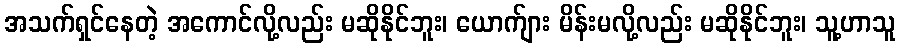
အသက်ရှင်နေတဲ့ အကောင်လို့လည်း မဆိုနိုင်ဘူး၊ ယောက်ျား မိန်းမလို့လည်း မဆိုနိုင်ဘူး၊ သူ့ဟာသူ